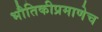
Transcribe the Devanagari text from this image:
भौतिकीप्रमाणेच